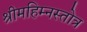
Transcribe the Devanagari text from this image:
श्रीमहिम्नस्तोत्र